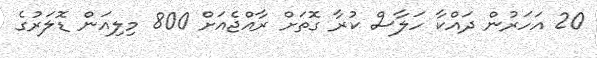
20 އަހަރުން ދައްކާ ހަލާސް ކުރާ ގޮތަށް ރާއްޖެއަށް 800 މިލިއަން ޑޮލަރުގެ